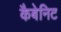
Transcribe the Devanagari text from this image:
कैबेनिट